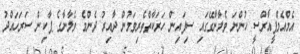
އެމްއެމްޕީއާރްސީ ހުންނަ ވެލާނާގޭގައި ސިފައިން ހަރަކާތްތެރިވަމުން ދާއިރު ދެންމެ ވެލާނާގެ ޕާކިން ސަރަހައްދު